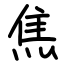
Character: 焦